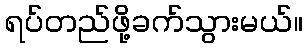
ရပ်တည်ဖို့ခက်သွားမယ်။